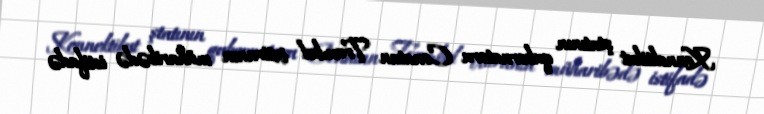
Konnektikut ştatının qubernatoru Conatan Trumbel ixtiranın müharibədə istifadə